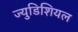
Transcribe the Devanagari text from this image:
ज्युडिशियल